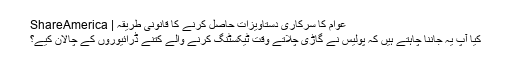
عوام کا سرکاری دستاویزات حاصل کرنے کا قانونی طریقہ | ShareAmerica
کیا آپ یہ جاننا چاہتے ہیں کہ پولیس نے گاڑی چلاتے وقت ٹیکسٹنگ کرنے والے کتنے ڈرائیوروں کے چالان کیے؟